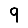
Digit: 9